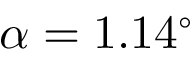
\alpha = 1 . 1 4 ^ { \circ }